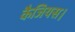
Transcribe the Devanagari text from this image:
कैजियस।